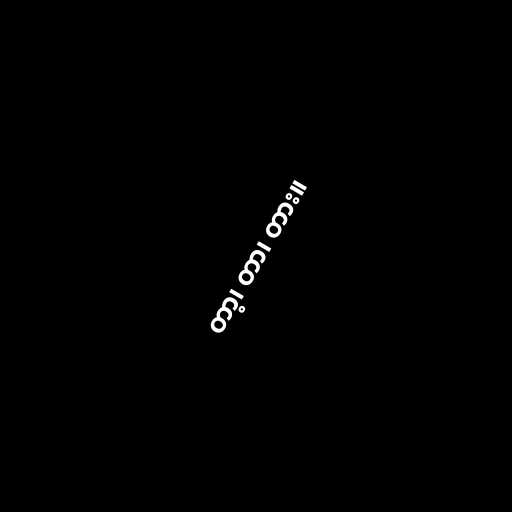
တာ့၊ တာ၊ တား။